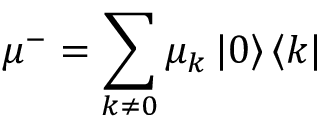
{ { \mu } ^ { - } } = \sum _ { k \ne 0 } { { { \mu } _ { k } } } \left\vert 0 \right\rangle \left\langle k \right\vert